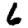
Digit: 6